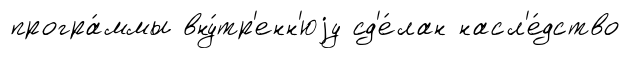
програ́ммы вну́тр'енн'юjу сд'е́лан насл'е́дство